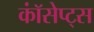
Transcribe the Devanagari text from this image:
कॉंसेप्ट्स